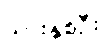
သားနှစ်ဦး